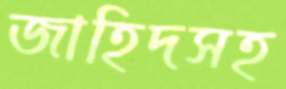
জাহিদসহ